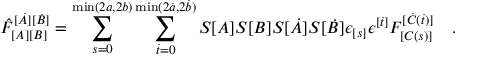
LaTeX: \hat { F } _ { [ A ] [ B ] } ^ { [ \dot { A } ] [ \dot { B } ] } = \sum _ { s = 0 } ^ { \operatorname * { m i n } ( 2 a , 2 b ) } \sum _ { \dot { t } = 0 } ^ { \operatorname * { m i n } ( 2 \dot { a } , 2 \dot { b } ) } S [ A ] S [ B ] S [ \dot { A } ] S [ \dot { B } ] \epsilon _ { [ s ] } \epsilon ^ { [ \dot { t } ] } F _ { [ C ( s ) ] } ^ { [ \dot { C } ( \dot { t } ) ] } \ \ \ .